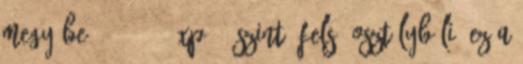
megy be. 1001-2500Xp 3. szint: Felső osztálybéli: Ez a